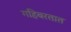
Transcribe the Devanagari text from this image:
गहिवरतात